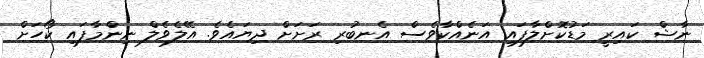
ނާޝް ކައިރީ މަޑުކޮށްލާފައި އަނެއްކާވެސް އެނބުރި ރަށަށް ދިޔައެވެ. އޭލެވެލް ނިންމާފައި ކޯހަށް